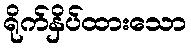
ရိုက်နှိပ်ထားသော